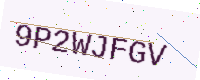
Text: 9P2WJFGV